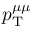
p _ { \mathrm { T } } ^ { \mu \mu }